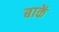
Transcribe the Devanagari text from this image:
बाकें